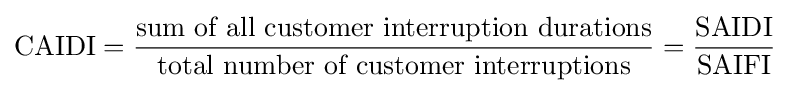
{\mbox{CAIDI}}={\frac {\mbox{sum of all customer interruption durations}}{\mbox{total number of customer interruptions}}}={\frac {\mbox{SAIDI}}{\mbox{SAIFI}}}